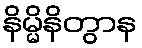
နိမ္မိနိတွာန